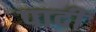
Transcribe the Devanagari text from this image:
पादीं